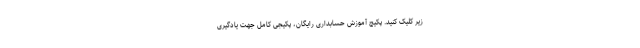
زیر کلیک کنید. پکیج آموزش حسابداری رایگان، پکیجی کامل جهت یادگیری